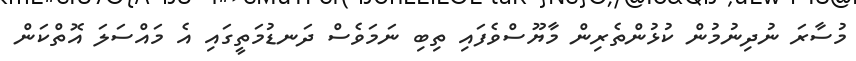
މުސާރަ ނުދިނުމުން ކުޅުންތެރިން މާޔޫސްވެފައި ތިބި ނަމަވެސް ދަނޑުމަތީގައި އެ މައްސަލަ އޮތްކަން